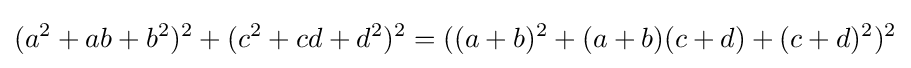
(a^{2}+ab+b^{2})^{2}+(c^{2}+cd+d^{2})^{2}=((a+b)^{2}+(a+b)(c+d)+(c+d)^{2})^{2}